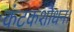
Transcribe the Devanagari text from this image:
कंटकशोधन।